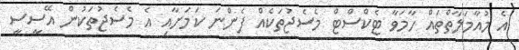
އެ މުއާމަލާތްތައް ހާމަވާ ޓެކްސްޓް މެސެޖުތަކެއް ފެންނަ ކަމަށާއި އެ މެސެޖުތަކުން އޭސީސީ